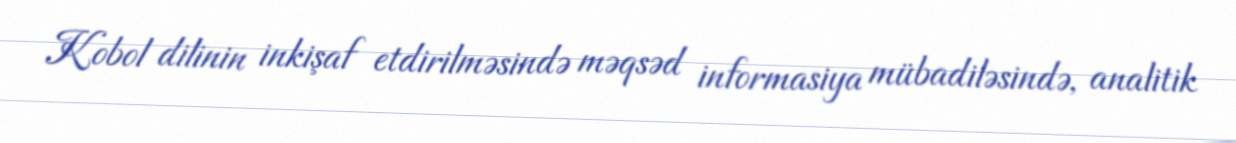
Kobol dilinin inkişaf etdirilməsində məqsəd informasiya mübadiləsində, analitik